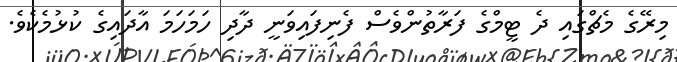
މިރޭގެ މެޗްގައި ދެ ޓީމްގެ ފަރާތުންވެސް ފެނިފައިވަނީ ދާދި ހަމަހަމަ އާދައިގެ ކުޅުމެކެވެ.